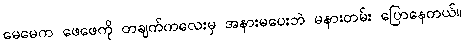
မေမေက ဖေဖေကို တချက်ကလေးမှ အနားမပေးဘဲ မနားတမ်း ပြောနေတယ်။